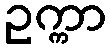
ဥက္ကာ